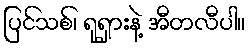
ပြင်သစ်၊ ရုရှားနဲ့ အီတလီပါ။